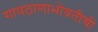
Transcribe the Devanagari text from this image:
गावठाणाभोवतीची